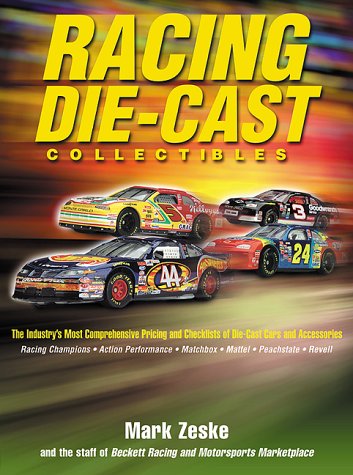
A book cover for Racing Die-Cast Collectibles : The Industry's Most Comprehensive Pricing and Checklists of Die-Cast Cars and Accessories; Mark Zeske; Crafts, Hobbies & Home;